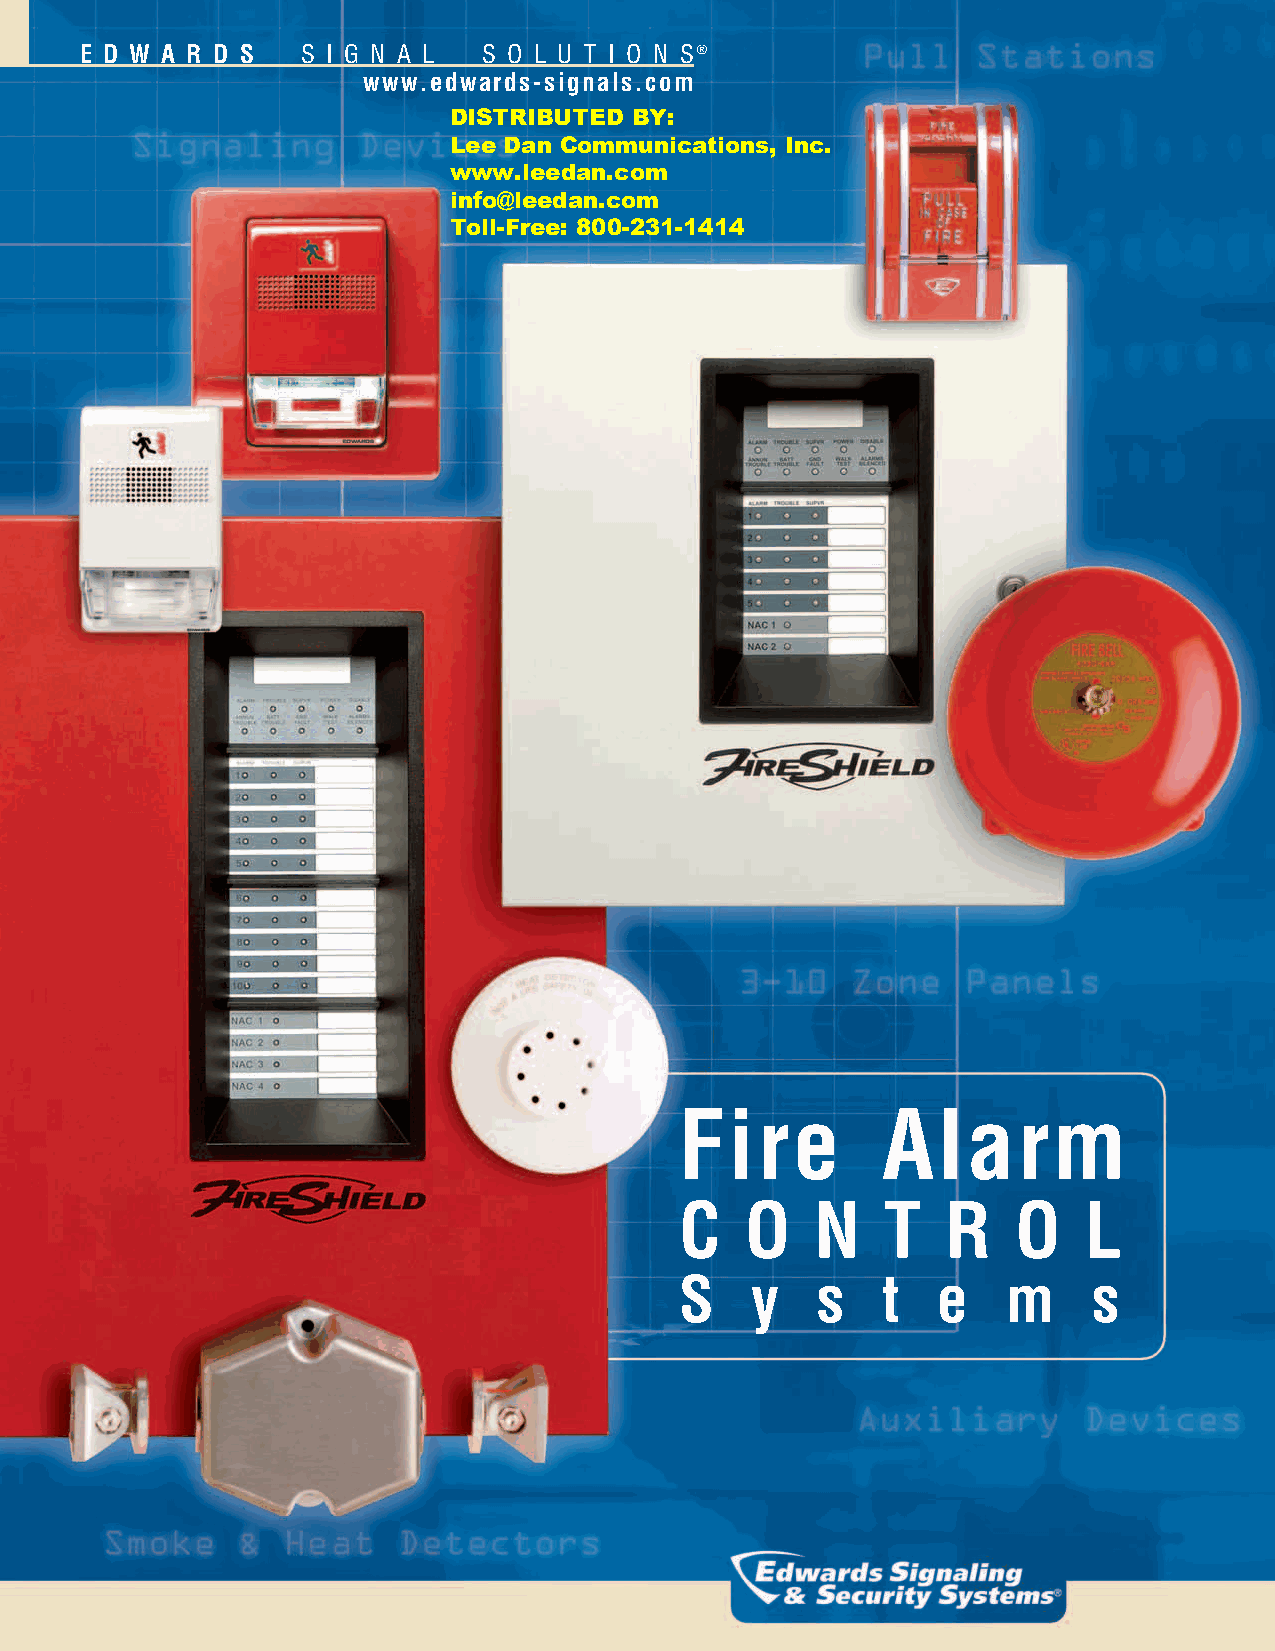
E D W A R D S S I G N A L S O L U T I O N S ®
 www.edwards-signals.com
 DISTRIBUTED BY:
 Lee Dan Communications, Inc.
 www.leedan.com
 info@leedan.com
 Toll-Free: 800-231-1414
 Fire         Alarm
 C   O    N    T   R   O    L
 S    y   s   t   e    m    s